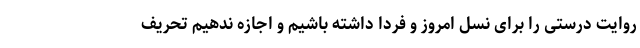
روایت درستی را برای نسل امروز و فردا داشته باشیم و اجازه ندهیم تحریف